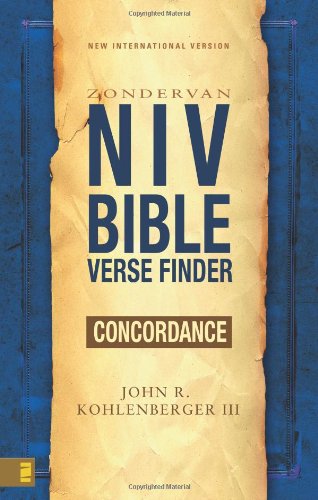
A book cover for NIV Bible Verse Finder; John R. Kohlenberger III; Christian Books & Bibles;